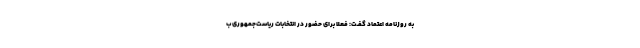
به روزنامه اعتماد گفـت: فعلا برای حضور در انتخابات ریاست‌جمهوری ب